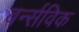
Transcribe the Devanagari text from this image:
बर्न्सविक